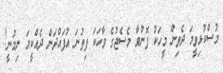
މުސްކުޅިވީމަ ދެތިން މީހަކު ފޮނުވާ މެސެޖުގެ ވާހަކަ ފިތުނަ އުފަައްދަން ދެއްކީމަ ނިމުނީ!.